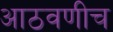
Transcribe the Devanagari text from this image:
आठवणीच